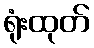
ရုံးထုတ်